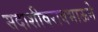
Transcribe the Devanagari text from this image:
सदाशीवरावभाऊने